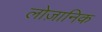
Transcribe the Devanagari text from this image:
लोज़ानिक